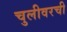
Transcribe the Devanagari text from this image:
चुलीवरची